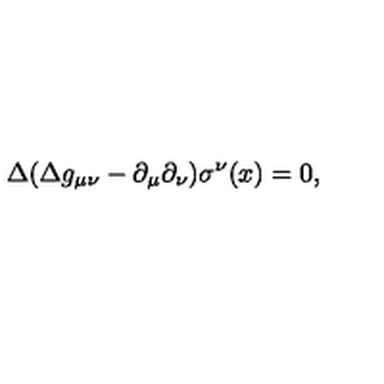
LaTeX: \Delta ( \Delta g _ { \mu \nu } - \partial _ { \mu } \partial _ { \nu } ) \sigma ^ { \nu } ( x ) = 0 ,